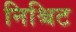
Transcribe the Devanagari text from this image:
निश्चिट